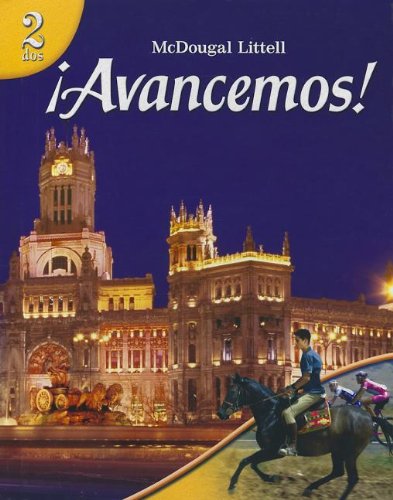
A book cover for ?Avancemos!: Student Edition Level 2 2007 (Spanish Edition); MCDOUGAL LITTEL; Teen & Young Adult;